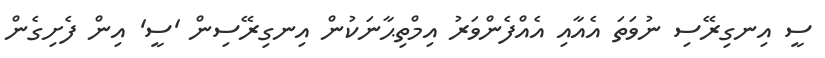
ސީ އިނގިރޭސި ނުވަތަ އެއާއި އެއްފެންވަރު އިމްތިޙާނަކުން އިނގިރޭސިން 'ސީ' އިން ފެށިގެން